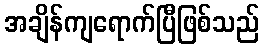
အချိန်ကျရောက်ပြီဖြစ်သည်